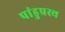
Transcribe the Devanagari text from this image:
पांडुप्रस्थ